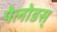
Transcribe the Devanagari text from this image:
पेलोडस्